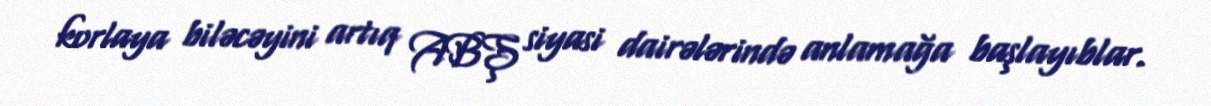
korlaya biləcəyini artıq ABŞ siyasi dairələrində anlamağa başlayıblar.